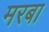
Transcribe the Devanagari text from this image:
मरबा